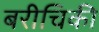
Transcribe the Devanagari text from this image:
बरीचिकी